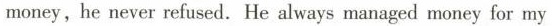
money, he never refuscd. He always managed money for my